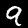
Label: 9